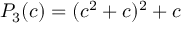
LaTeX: P _ { 3 } ( c ) = ( c ^ { 2 } + c ) ^ { 2 } + c